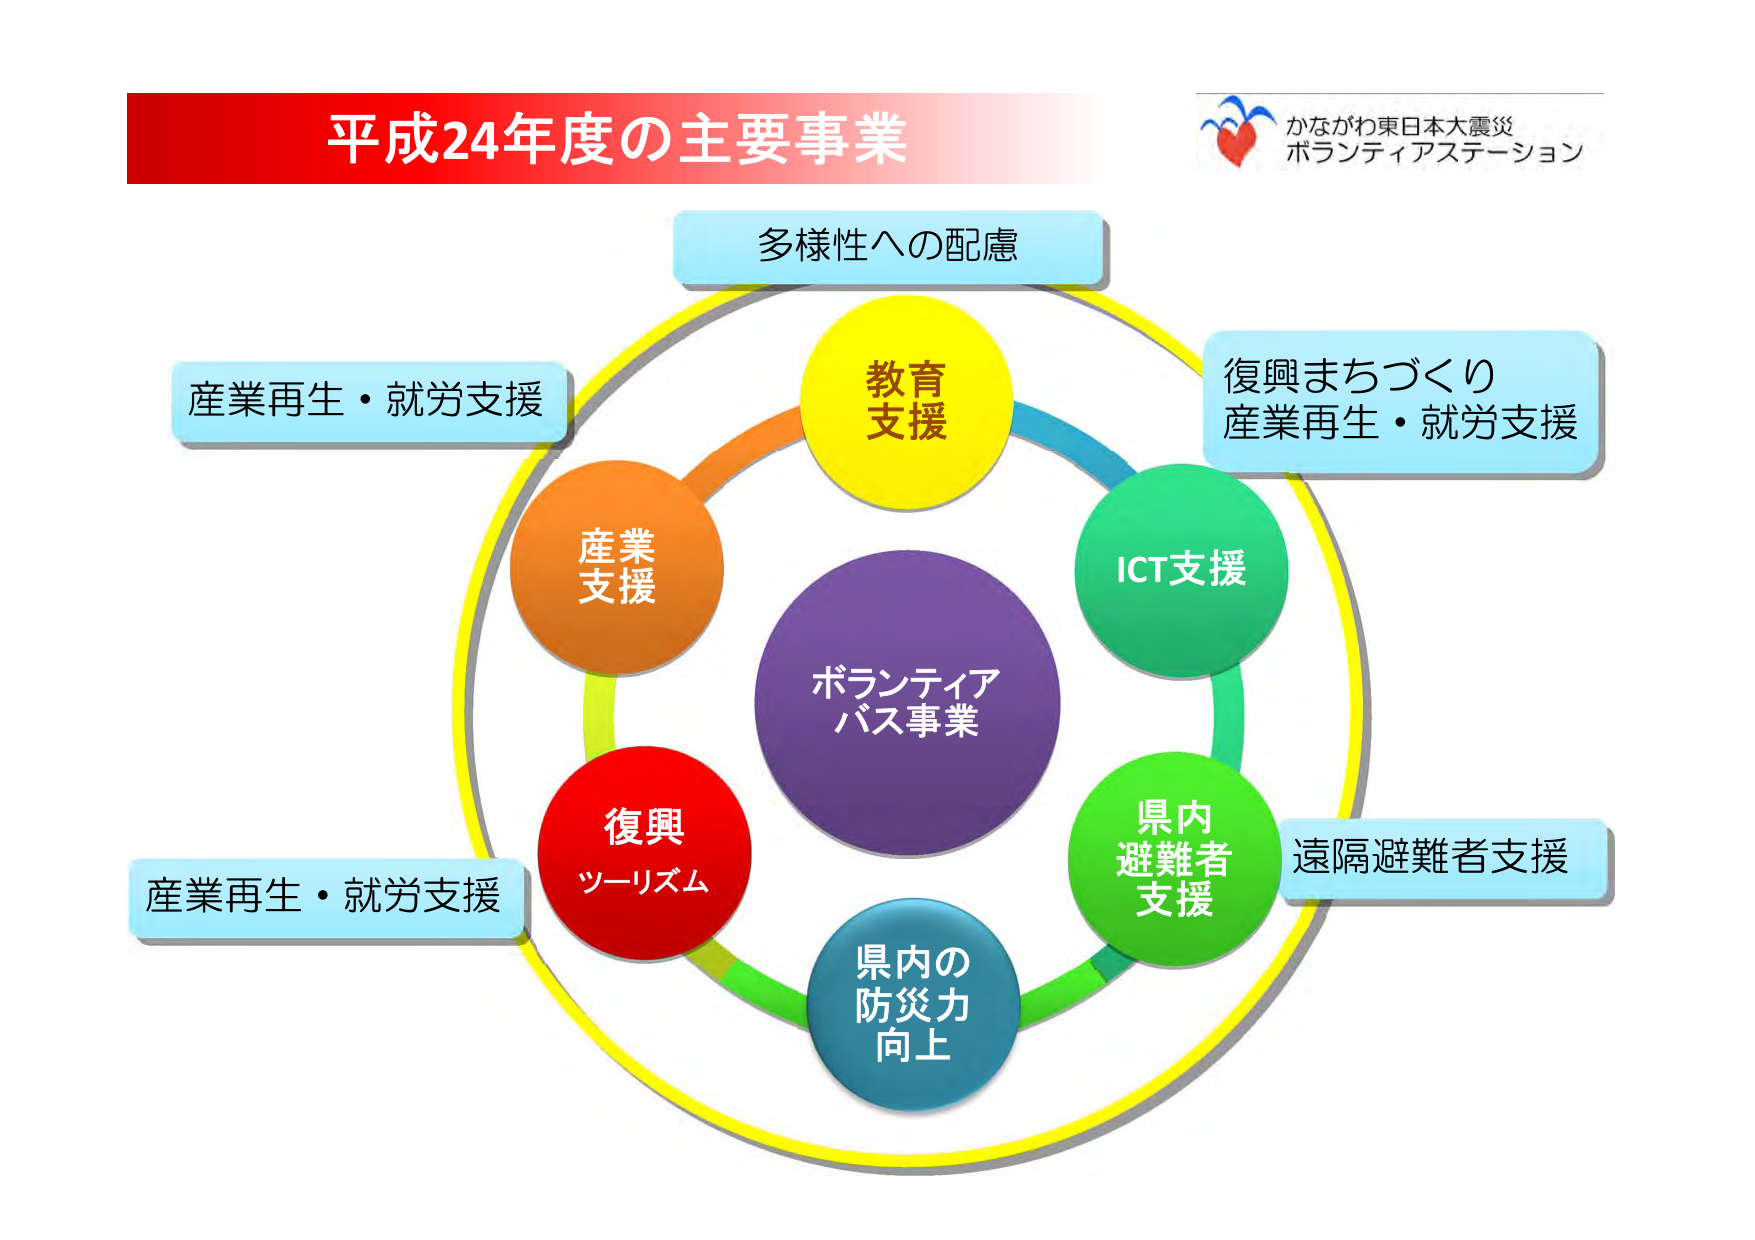
平成24年度の主要事業
かながわ東日本大震災
ボランティアステーション
多様性への配慮
教育支援
産業支援
復興まちづくり
産業再生・就労支援
ICT支援
県内避難者支援
遠隔避難者支援
復興ツーリズム
県内の防災力向上
ボランティアバス事業
産業再生・就労支援
産業再生・就労支援